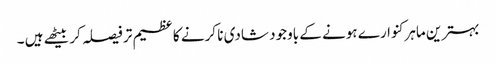
بہترین ماہرکنوارے ہونے کے باوجود شادی نا کرنے کا عظیم تر فیصلہ کر بیٹھے ہیں ۔